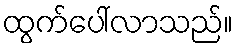
ထွက်ပေါ်လာသည်။